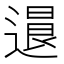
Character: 𨕻